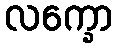
လက္ခော